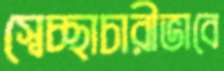
স্বেচ্ছাচারীভাবে